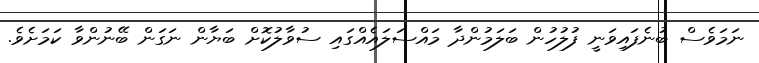
ނަމަވެސް ބުނެފައިވަނީ ފުލުހުން ބަލަމުންދާ މައްސަލައެއްގައި ސުވާލުކޮށް ބަޔާން ނަގަން ބޭނުންވާ ކަމަށެވެ.